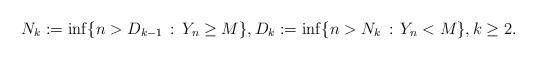
LaTeX: \begin{align*}N_k := \inf\{n > D_{k-1} \, : \, Y_n \geq M\},D_k := \inf\{n > N_k \, : \, Y_n < M\},k \geq 2.\end{align*}